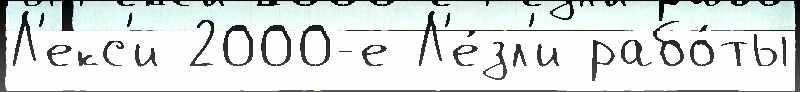
Л'екс'и 2000-е Л'е́зл'и рабо́ты